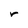
Character: r